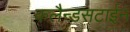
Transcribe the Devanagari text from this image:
कलैन्डसटाईन